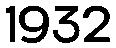
1932